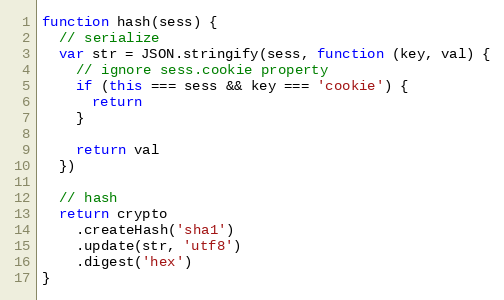
Language: JavaScript
function hash(sess) {
  // serialize
  var str = JSON.stringify(sess, function (key, val) {
    // ignore sess.cookie property
    if (this === sess && key === 'cookie') {
      return
    }

    return val
  })

  // hash
  return crypto
    .createHash('sha1')
    .update(str, 'utf8')
    .digest('hex')
}